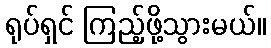
ရုပ်ရှင် ကြည့်ဖို့သွားမယ်။